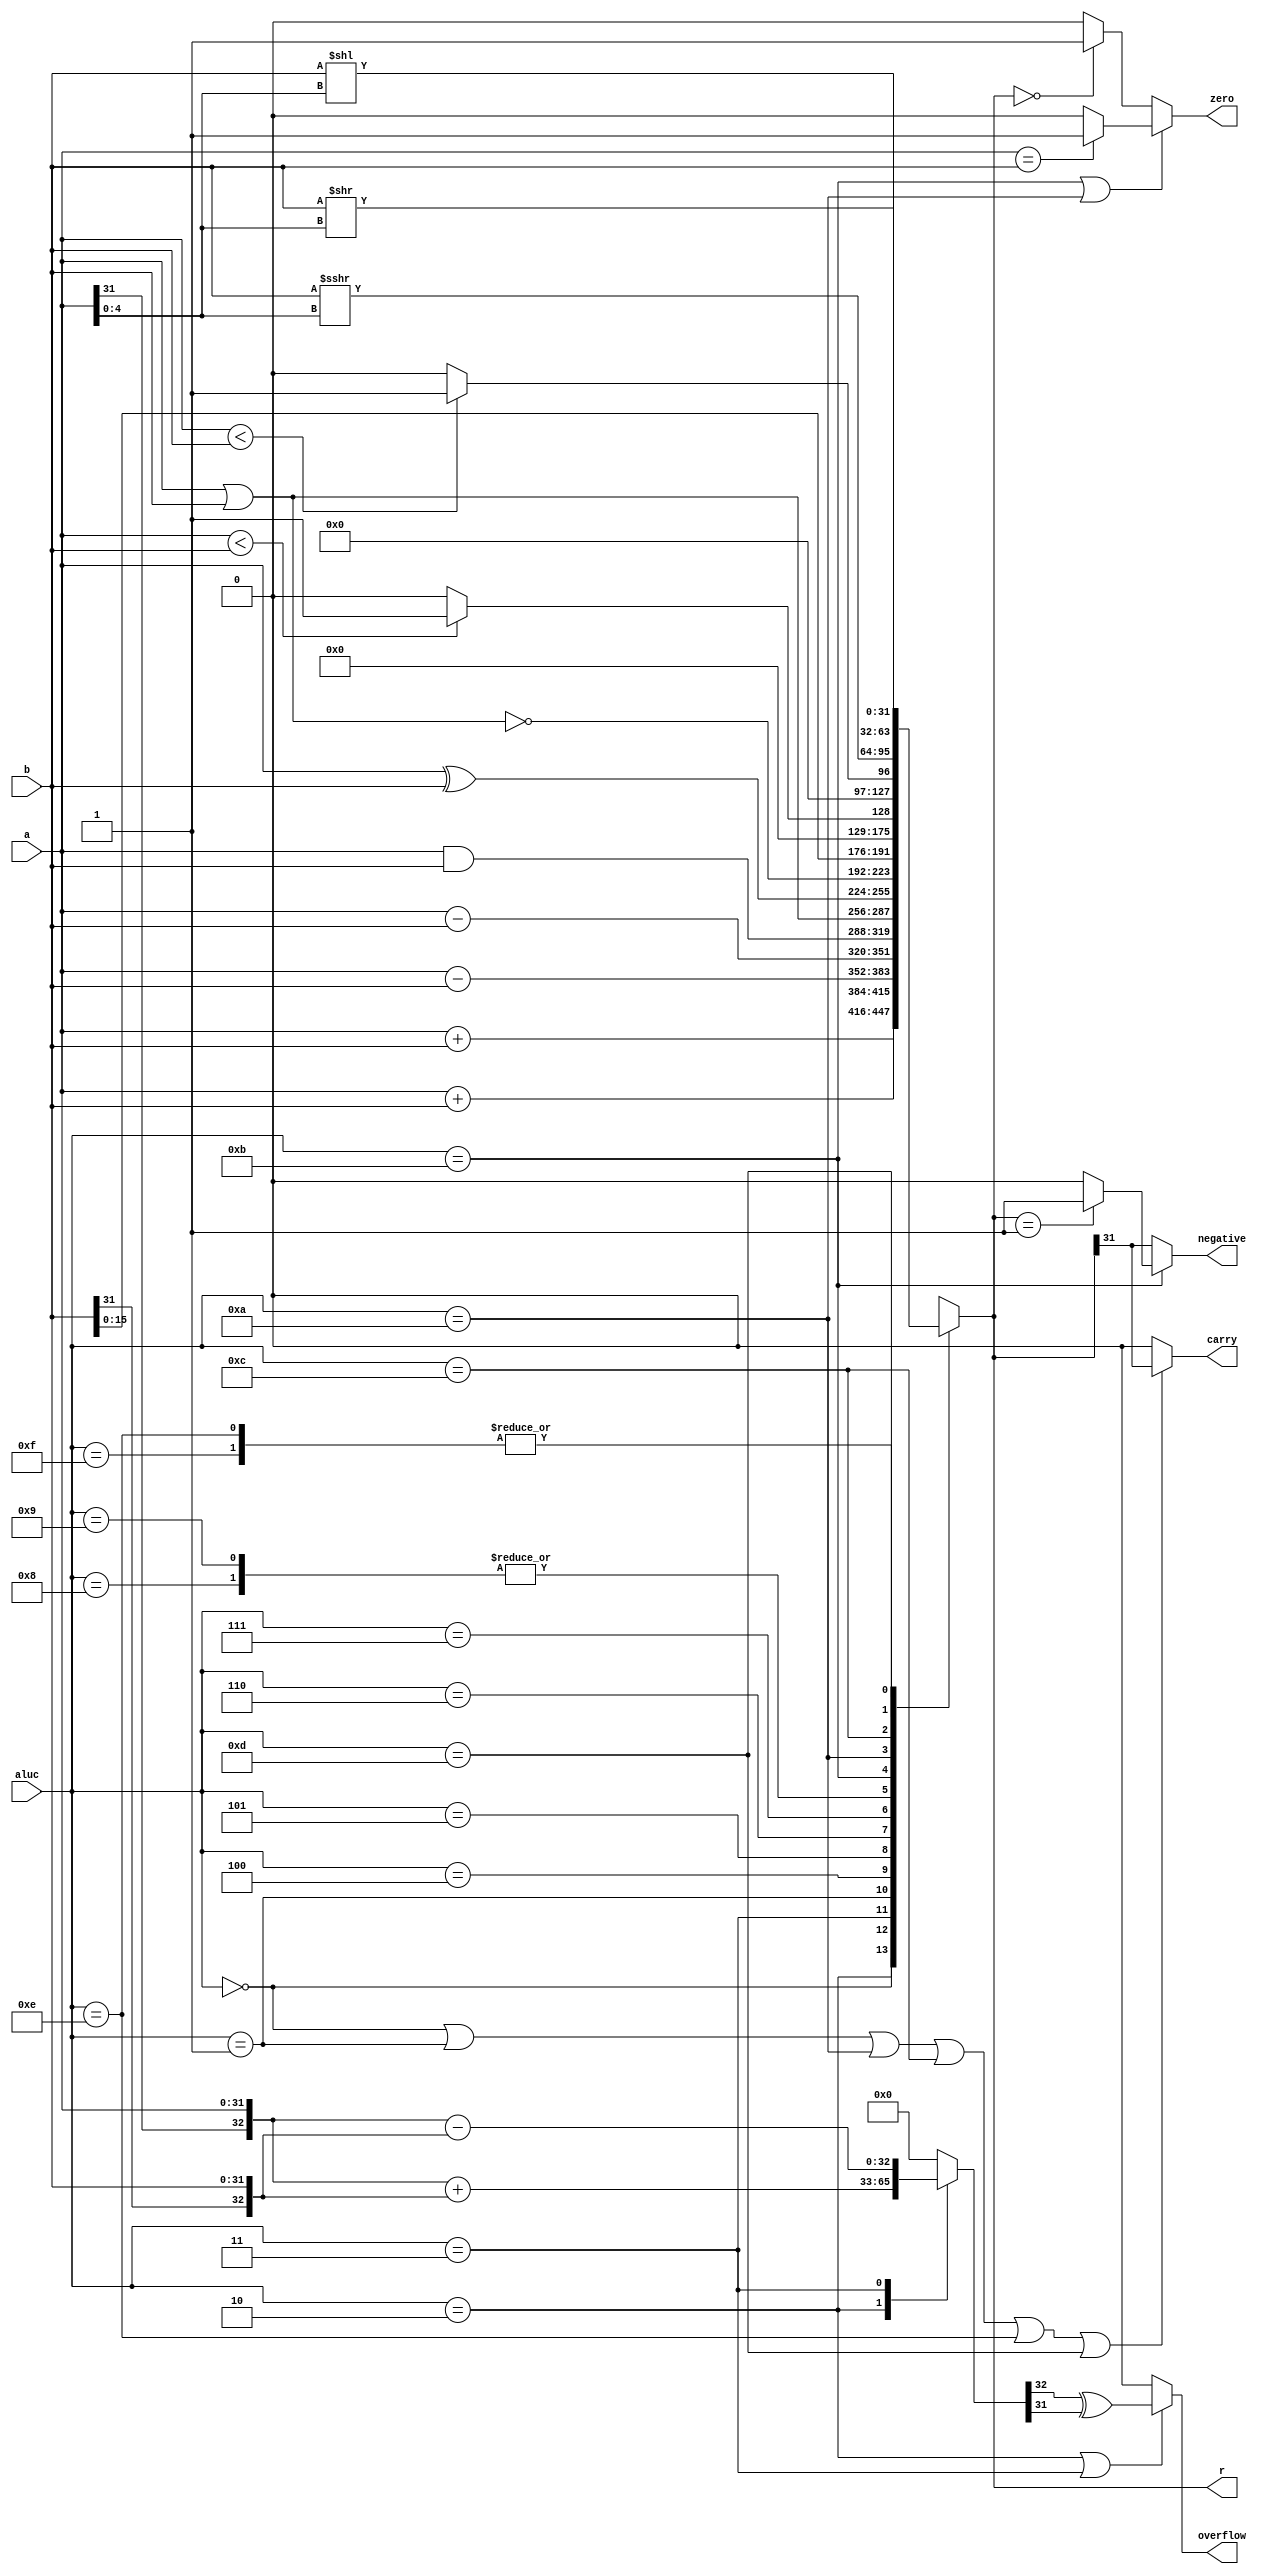
`timescale 1ns / 1ps
//////////////////////////////////////////////////////////////////////////////////
// Company: 
// Engineer: 
// 
// Design Name: 
// Module Name: ALU
// Project Name: 
// Target Devices: 
// Tool Versions: 
// Description: 
// 
// Dependencies: 
// 
// Revision:
// Revision 0.01 - File Created
// Additional Comments:
// 
//////////////////////////////////////////////////////////////////////////////////


module ALU(
    input [31:0] a,
    input [31:0] b,
    input [3:0] aluc,
    output [31:0] r,
    output zero,
    output carry,
    output negative,
    output overflow
    );
parameter
    addu=4'd0,
    add =4'd2,
    subu=4'd1,
    sub =4'd3,
    _and=4'd4,
    _or =4'd5,
    _xor=4'd6,
    _nor=4'd7,
    lui1=4'd8,
    lui2=4'd9,
    sltu=4'd10,
    slt =4'd11,
    sra =4'd12,
    srl =4'd13,
    sll =4'd14,
    slr =4'd15;
reg signed  [31:0]res;
reg         [32:0]sres;
wire signed [31:0]sa=a,sb=b;
always @ (*)begin
    sres=33'b0;
    case(aluc)
        add:begin
            res<=a+b;sres<={sa[31],sa}+{sb[31],sb};
        end
        addu:begin
            res<=sa+sb;
        end
        sub:begin
            res<=a-b;sres<={sa[31],sa}-{sb[31],sb};
        end
        subu:begin
            res<=sa-sb;
        end
        _and:begin
            res<=a&b;
        end
        _or:begin
            res<=a|b;
        end
        _xor:begin
            res<=a^b;
        end
        _nor:begin
            res<=~(a|b);
        end
        lui1:begin
            res<={b[15:0],16'b0};
        end
        lui2:begin
            res<={b[15:0],16'b0};
        end
        slt:begin
            res<=(sa<sb)?32'b1:32'b0;
        end
        sltu:begin
            res<=(a<b)?32'b1:32'b0;
        end
        sra:begin
            res<=sb>>>a[4:0];
        end
        sll,slr:begin
            res<=b<<a[4:0];
        end
        srl:begin
            res<=b>>a[4:0];
        end
        default:begin
            res<=32'b0;
        end
    endcase
end
assign r=res[31:0];
assign zero=(aluc==slt||aluc==sltu)?((a==b)?1'b1:1'b0):((r==32'b0)?1'b1:1'b0);
assign carry=(aluc==addu||aluc==subu||aluc==sltu||aluc==sra||aluc==sll||aluc==srl)?res[31]:1'b0;
assign negative=(aluc==slt)?((res==32'b1)?1'b1:1'b0):(res[31]);
assign overflow=(aluc==add||aluc==sub)?(sres[32]^sres[31]):1'b0;
endmodule